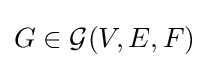
G\in {\mathcal {G}}(V,E,F)